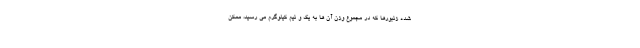
شده زنبورها که در مجموع وزن آن ها به یک و نیم کیلوگرم می رسید، ممکن